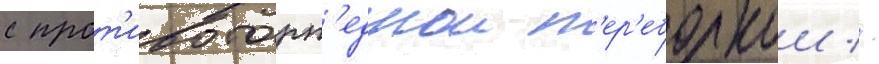
с прот'ивоторп'еднои п'ер'еборкои //